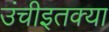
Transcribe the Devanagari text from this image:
उंचीइतक्या